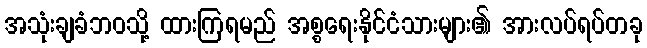
အသုံးချခံဘဝသို့ ထားကြရမည် အစ္စရေးနိုင်ငံသားများ၏ အားလပ်ရပ်တခု